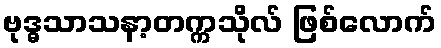
ဗုဒ္ဓသာသနာ့တက္ကသိုလ် ဖြစ်လောက်